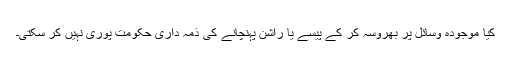
کیا موجودہ وسائل پر بھروسہ کر کے پیسے یا راشن پہنچانے کی ذمہ داری حکومت پوری نہیں کر سکتی۔